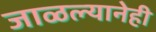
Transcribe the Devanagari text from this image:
जाळल्यानेही